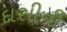
દાસીની